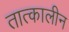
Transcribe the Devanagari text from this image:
तात्‍कालीन